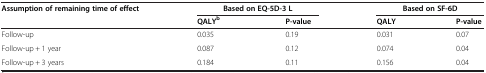
<table><thead><tr><td><b>Assumption of remaining time of effect</b></td><td colspan="2"><b>Based on EQ-5D-3 L</b></td><td colspan="2"><b>Based on SF-6D</b></td></tr><tr><td><b> </b></td><td><b>QALY<sup>b</sup></b></td><td><b>P-value</b></td><td><b>QALY</b></td><td><b>P-value</b></td></tr></thead><tbody><tr><td>Follow-up</td><td>0.035</td><td>0.19</td><td>0.031</td><td>0.07</td></tr><tr><td>Follow-up + 1 year</td><td>0.087</td><td>0.12</td><td>0.074</td><td>0.04</td></tr><tr><td>Follow-up + 3 years</td><td>0.184</td><td>0.11</td><td>0.156</td><td>0.04</td></tr></tbody></table>